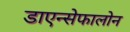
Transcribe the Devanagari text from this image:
डाएन्सेफालोन